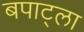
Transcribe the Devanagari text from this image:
बपाट्ला